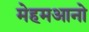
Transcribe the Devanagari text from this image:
मेहमआनो